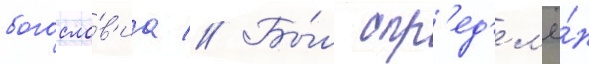
богосло́в'иа // Бы́л опр'ед'ел'ё́н